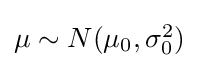
{\textstyle \mu \sim N(\mu _{0},\sigma _{0}^{2})}